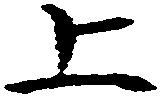
上